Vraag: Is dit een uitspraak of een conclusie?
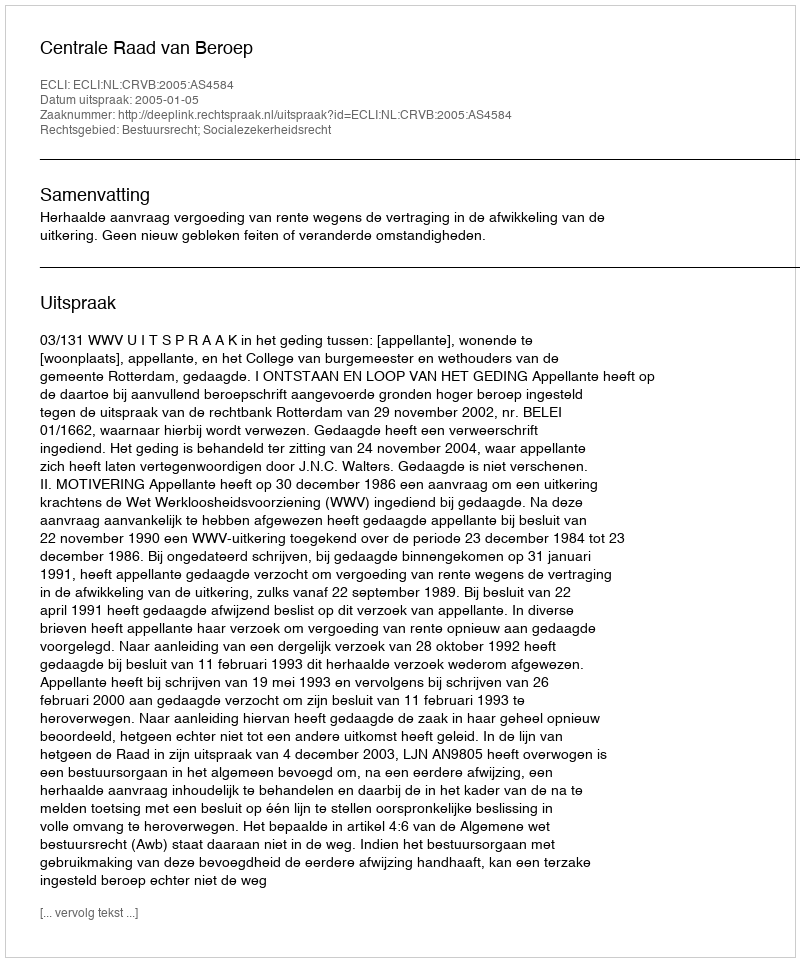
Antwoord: Uitspraak